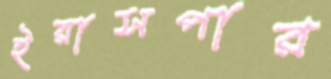
ইয়াসপার